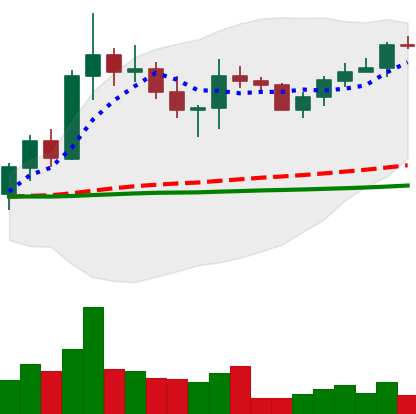
Ticker: XRP-USD
Chart end date: 2022-10-08
Forward return: -7.02%
Label: down_7plus